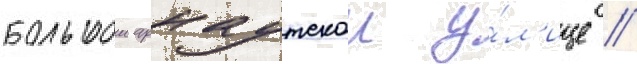
большои арнаутскои у́л'ице //